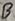
Text: B